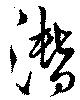
潜